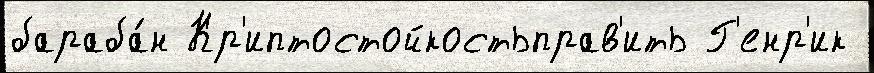
бараба́н Кр'иптостойкостьправ'ить Г'енр'ик